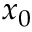
x _ { 0 }